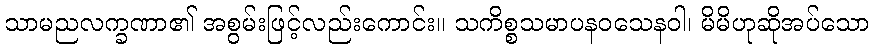
သာမညလက္ခဏာ၏ အစွမ်းဖြင့်လည်းကောင်း။ သကိစ္စသမာပနဝသေနဝါ၊ မိမိဟုဆိုအပ်သော